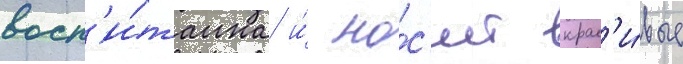
восп'и́танна и́ но́с'ит крас'и́вые